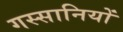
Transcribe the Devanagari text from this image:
गस्सानियों